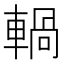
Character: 𨍋